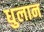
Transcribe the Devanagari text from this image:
धुलान